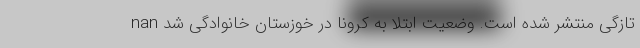
تازگی منتشر شده است. وضعیت ابتلا به کرونا در خوزستان خانوادگی شد nan